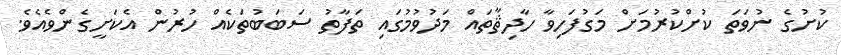
ކުށުގެ ނުވަތަ ކުށްކުރުމަށް މަގުފަހިވާ ހާދިޘާތައް މަދުވުމުގައި ތަފާތު ސަބަބުތަކެއް ހުރުން އެކަށީގެންވެއެވެ.